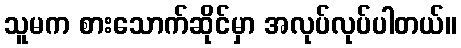
သူမက စားသောက်ဆိုင်မှာ အလုပ်လုပ်ပါတယ်။